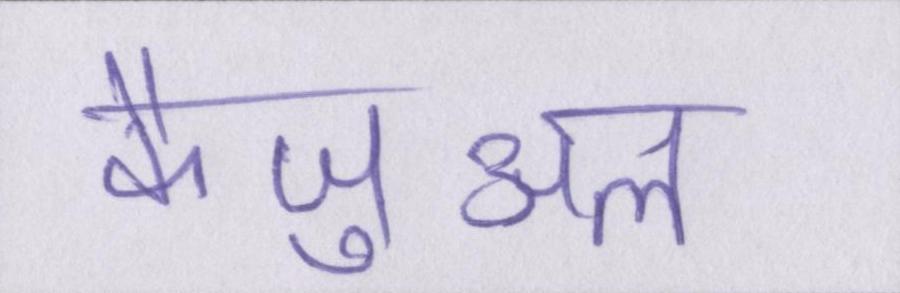
कैज़ुअल